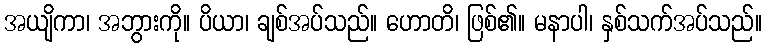
အယျိကာ၊ အဘွားကို။ ပိယာ၊ ချစ်အပ်သည်။ ဟောတိ၊ ဖြစ်၏။ မနာပါ၊ နှစ်သက်အပ်သည်။